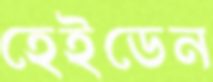
হেইডেন